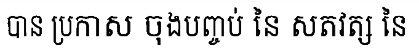
បាន ប្រកាស ចុងបញ្ចប់ នៃ សតវត្ស នៃ